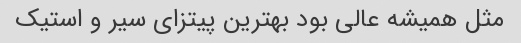
مثل همیشه عالی بود بهترین پیتزای سیر و استیک